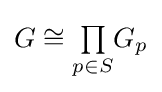
G\cong {\textstyle \prod \limits _{p\in S}}G_{p}